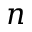
n